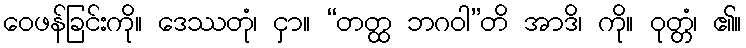
ဝေဖန်ခြင်းကို။ ဒေဿတုံ၊ ငှာ။ “တတ္ထ ဘဂဝါ”တိ အာဒိ၊ ကို။ ဝုတ္တံ၊ ၏။